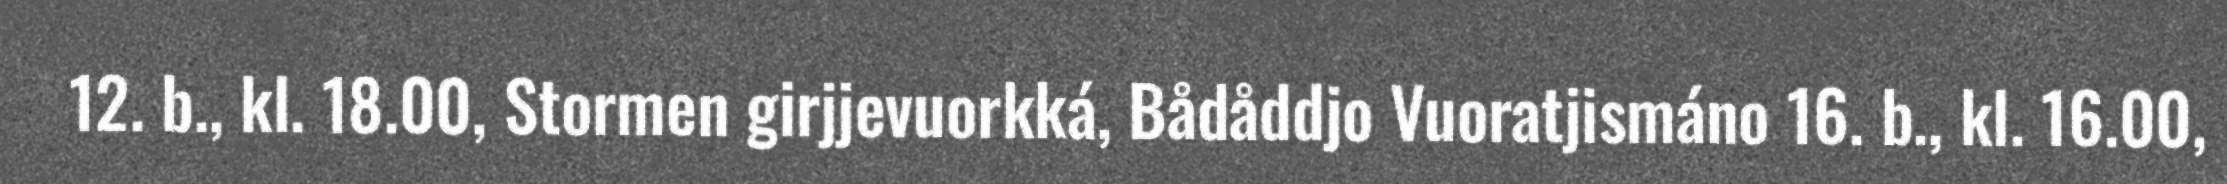
12. b., kl. 18.00, Stormen girjjevuorkká, Bådåddjo Vuoratjismáno 16. b., kl. 16.00,